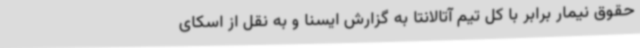
حقوق نیمار برابر با کل تیم آتالانتا به گزارش ایسنا و به نقل از اسکای